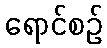
ရောင်စဉ်